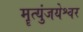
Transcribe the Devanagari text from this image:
मॄत्युंजयेश्वर